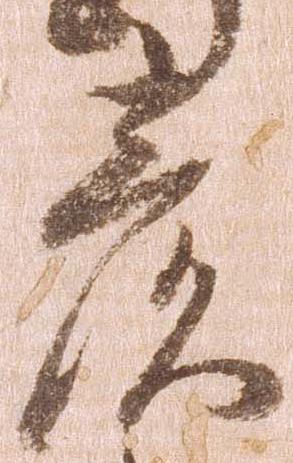
彦